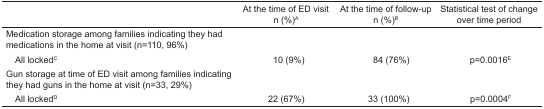
|  | At the time of ED visit n (%)A | At the time of follow-up n (%)B | Statistical test of change over time period |
 | --- | --- | --- | --- |
 | Medication storage among families indicating they had medications in the home at visit (n=110, 96%) |  |  |  |
 | All lockedC | 10 (9%) | 84 (76%) | p=0.0016E |
 | Gun storage at time of ED visit among families indicating they had guns in the home at visit (n=33, 29%) |  |  |  |
 | All lockedD | 22 (67%) | 33 (100%) | p=0.0004F |